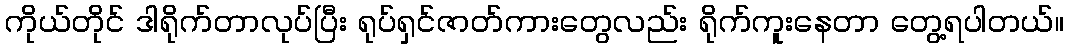
ကိုယ်တိုင် ဒါရိုက်တာလုပ်ပြီး ရုပ်ရှင်ဇာတ်ကားတွေလည်း ရိုက်ကူးနေတာ တွေ့ရပါတယ်။